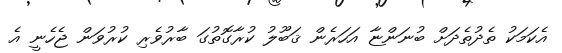
އެކަމަކު ތެދުތެދަށް ބުނަންޏާ އަހަރެން ޤަބޫލު ކުރާގޮތުގަ ބާރުވެރި ކުރުވަން ޖެހެނީ އެ